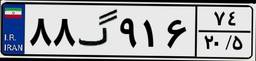
۸۸گ۹۱۶۷۴